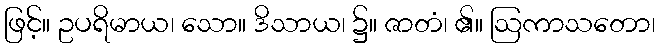
ဖြင့်။ ဥပရိမာယ၊ သော။ ဒိသာယ၊ ၌။ ဇာတံ၊ ၏။ ဩကာသတော၊